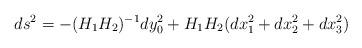
LaTeX: \begin{align*}ds^{2}=-(H_{1}H_{2})^{-1}dy_{0}^{2}+ H_{1}H_{2}(dx_{1}^{2}+dx_{2}^{2}+dx_{3}^{2}) \end{align*}